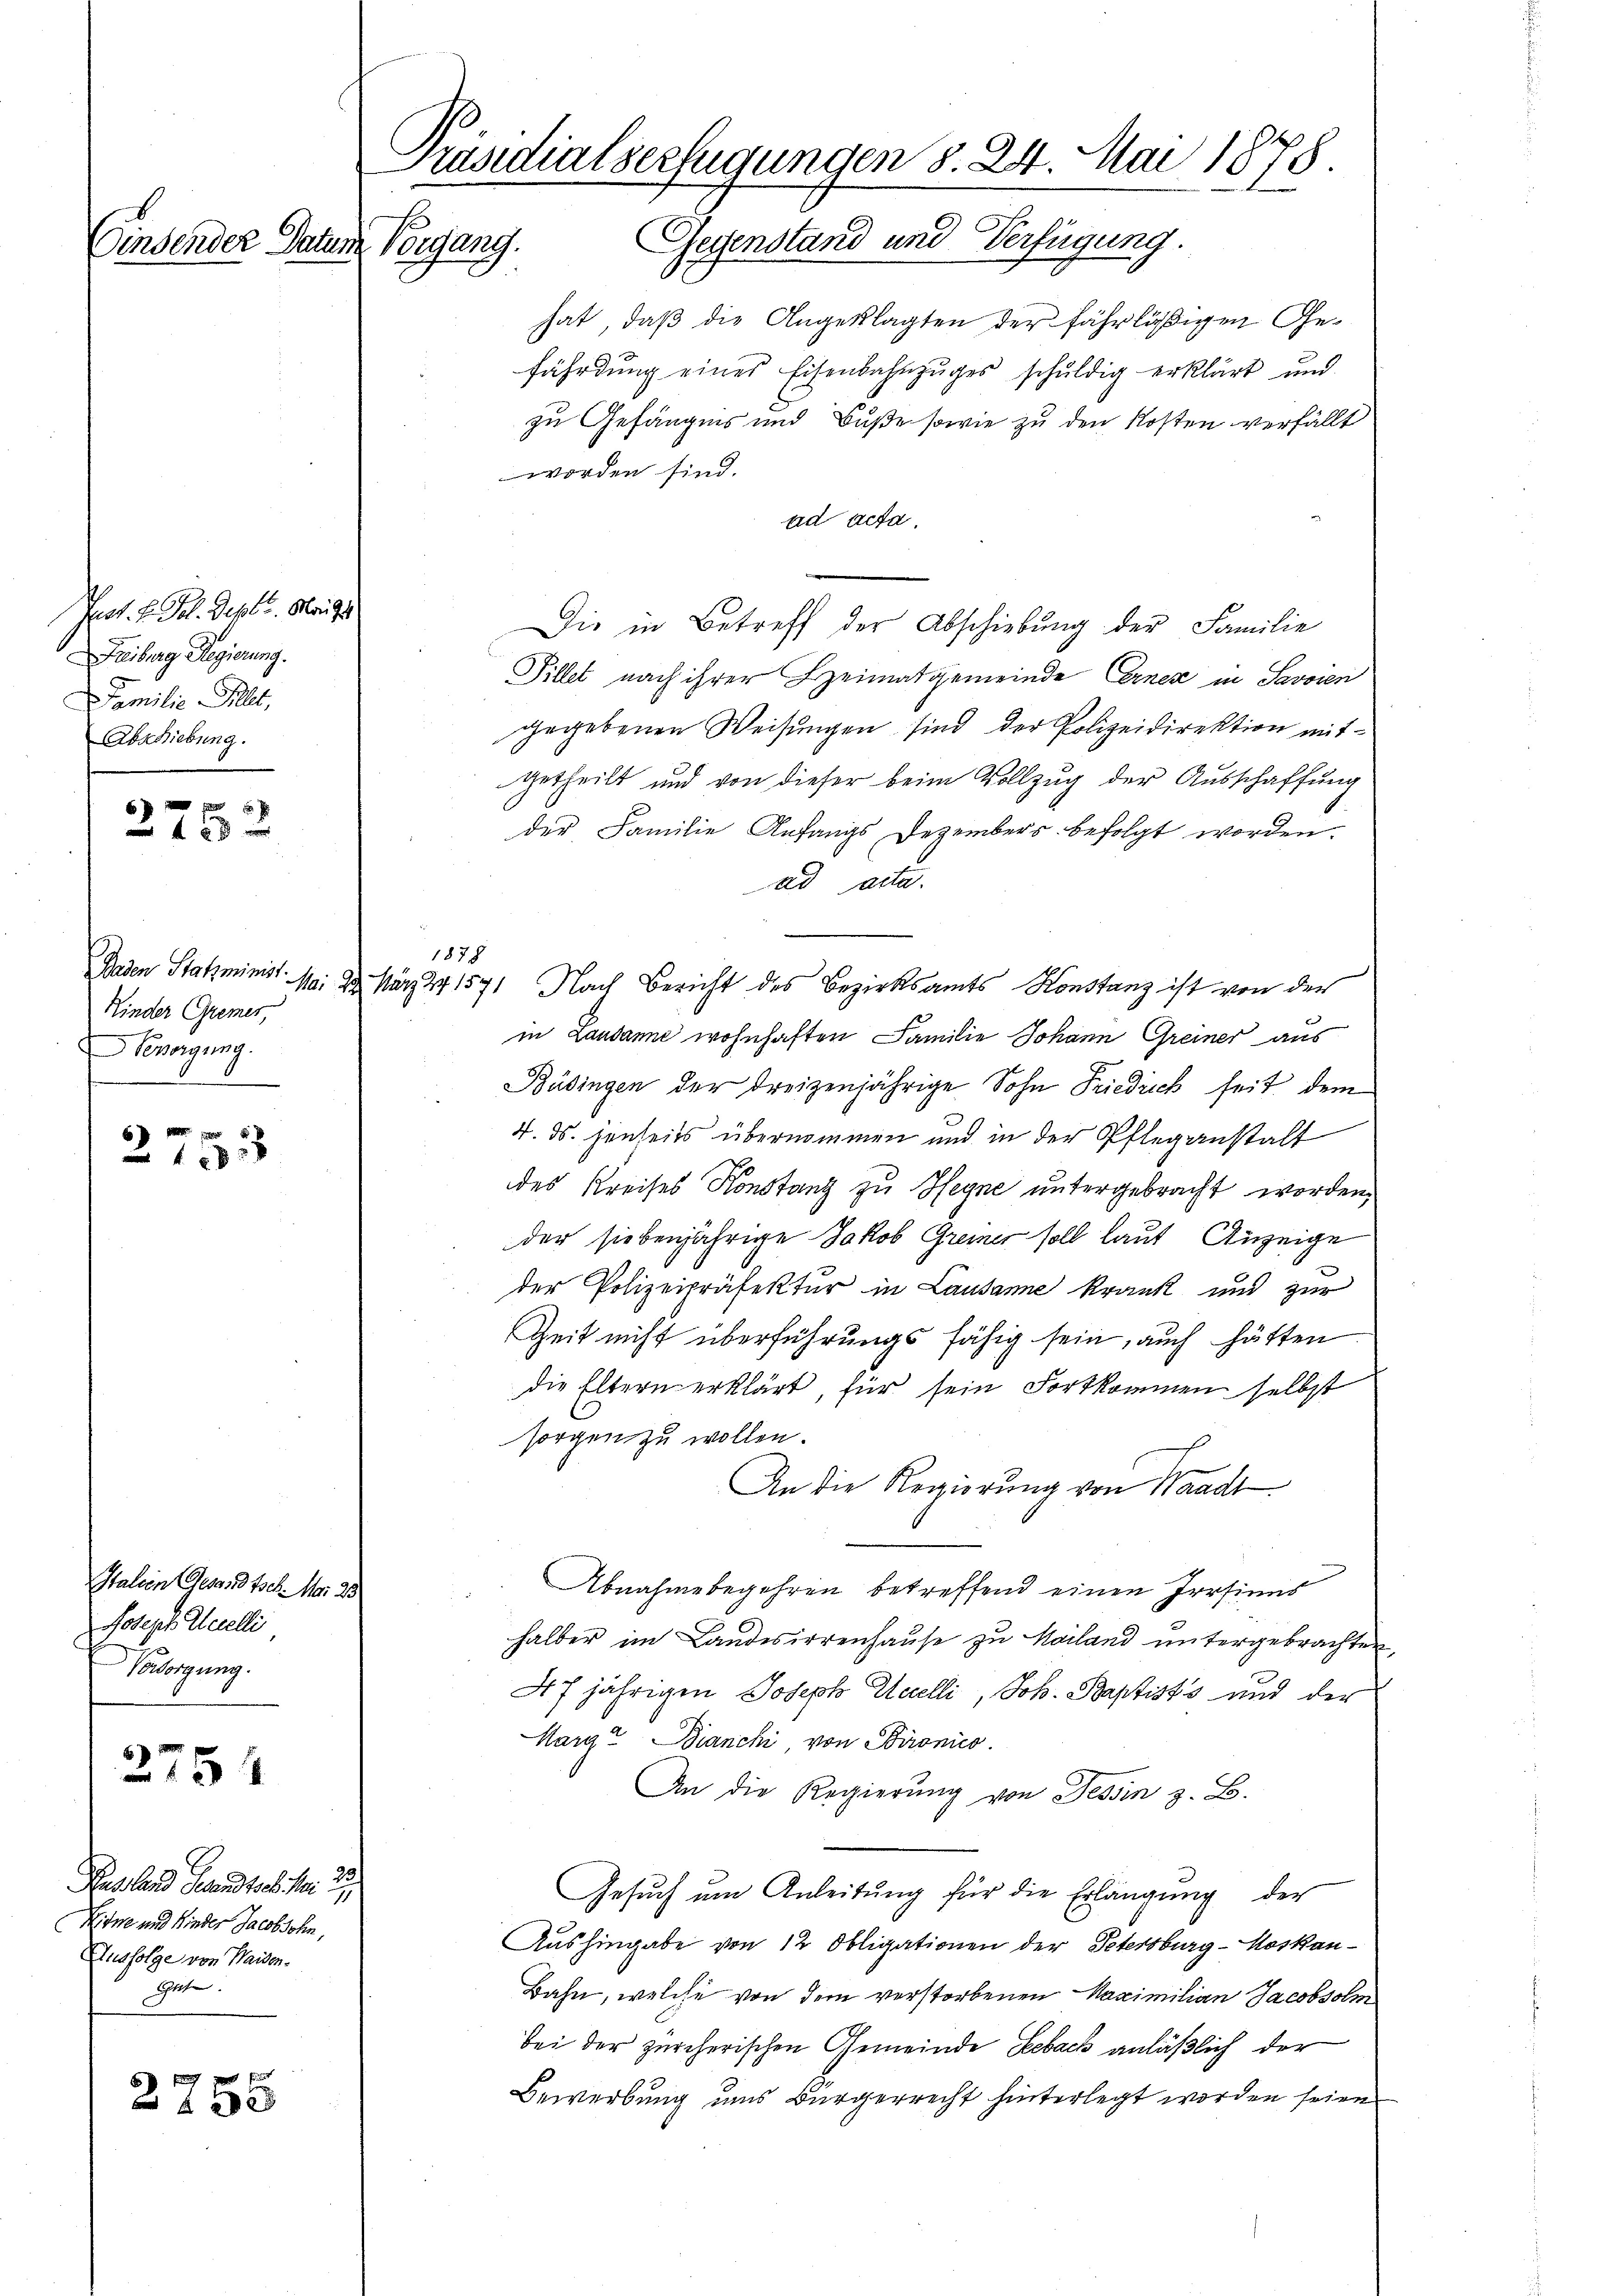
Zinsender Datum Vorgang.

Pact. B. Frl. Dezbr. Mai
Freiburg Regierung.
Familie Filet,
Abschiebung.

2128 x

2753

2754

ft
2733

Kinder Gremer,
Bendigung.

Italien Gesandtsch. Mai 23.
Joseph Secelli,
Vorsorgung.

Russland Gesandtsch vom 23.
Wifne und Kinder Jacob Sohn,
Ausfolge von Waisen¬
Echthe

Präsidialserfügungen §. 24. Mai 1878.
Gegenstand und Verfügung.

hat, daß die Angeklagten der fährläßigen Gefährdung eines Eisenbahnzuges schuldig erklärt und
zu Gefängnis und Buße sowie zu den Kosten verfällt
worden sind.
ad acta,
Die in Betreff der Abschiebung der Familie
Pillet nach ihrer Heimatgemeinde Ernen in Savoien
gegebenen Weisungen sind der Polizeidirektion mit
getheilt und von dieser beim Vollzug der Ausschaffung
der Familie Anfangs Dezembers befolgt worden.
ad acta.
Baden Statsminist. Mai 20. März 27 1571 Nach Bericht des Bezirksamts Konstanz ist von der
in Landanne wohnhaften Familie Johann Greiner aus
Bäsingen der dreizenjährige Sohn Friedrich seit dem
4. ds. jenseits übernommen und in der Pflegenstalt
des Kreises Konstanz zu Hegne untergebracht worden,
der siebenjährige Jakob Greiner soll laut Anzeige
der Polizeipräfektur in Lausanne krank und zur
Zeit nicht überführungsfähig sein, auch hätten
die Eltern erklärt, für sein Fortkommen selbst
sorgen zu wollen.
An die Regierung von Waadt
Abnahme begehren betreffend einen Irrsinns
halber im Landesirrenhause zu Mailand untergebrachten,
47 jährigen Joseph Seelli, Joh. Baptist's und der
Marga Bianchi, von Sironico.
An die Regierung von Tessin z. B.
Gesuch um Anleitung für die Erlängung der
Aushingabe von 12 Obligationen der Petersburg-Moskau¬
Bahn, welche von dem verstorbenen Maximilian Jacobsolm
bei der zürcherischen Gemeinde Leback anläßlich der
Bewerbung uns Bürgerrecht hinterlegt worden seien.

1878